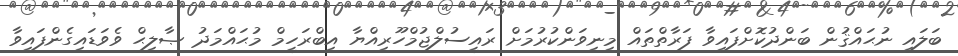
ބަލައި ނުޙައްޤުން ބަންދުކޮށްފައިވާ ފަރާތްތައް މިނިވަންކުރުމަށް ރައީސުލްޖުމްހޫރިއްޔާ އިބްރަހީމް މުޙައްމަދު ޞާލިޙް ވެވަޑައިގެންފައިވާ